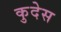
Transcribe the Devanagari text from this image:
कुदेस